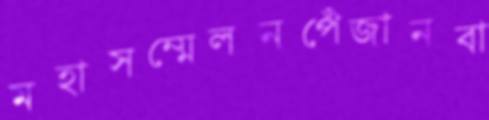
মহাসম্মেলনপেঁজানবা